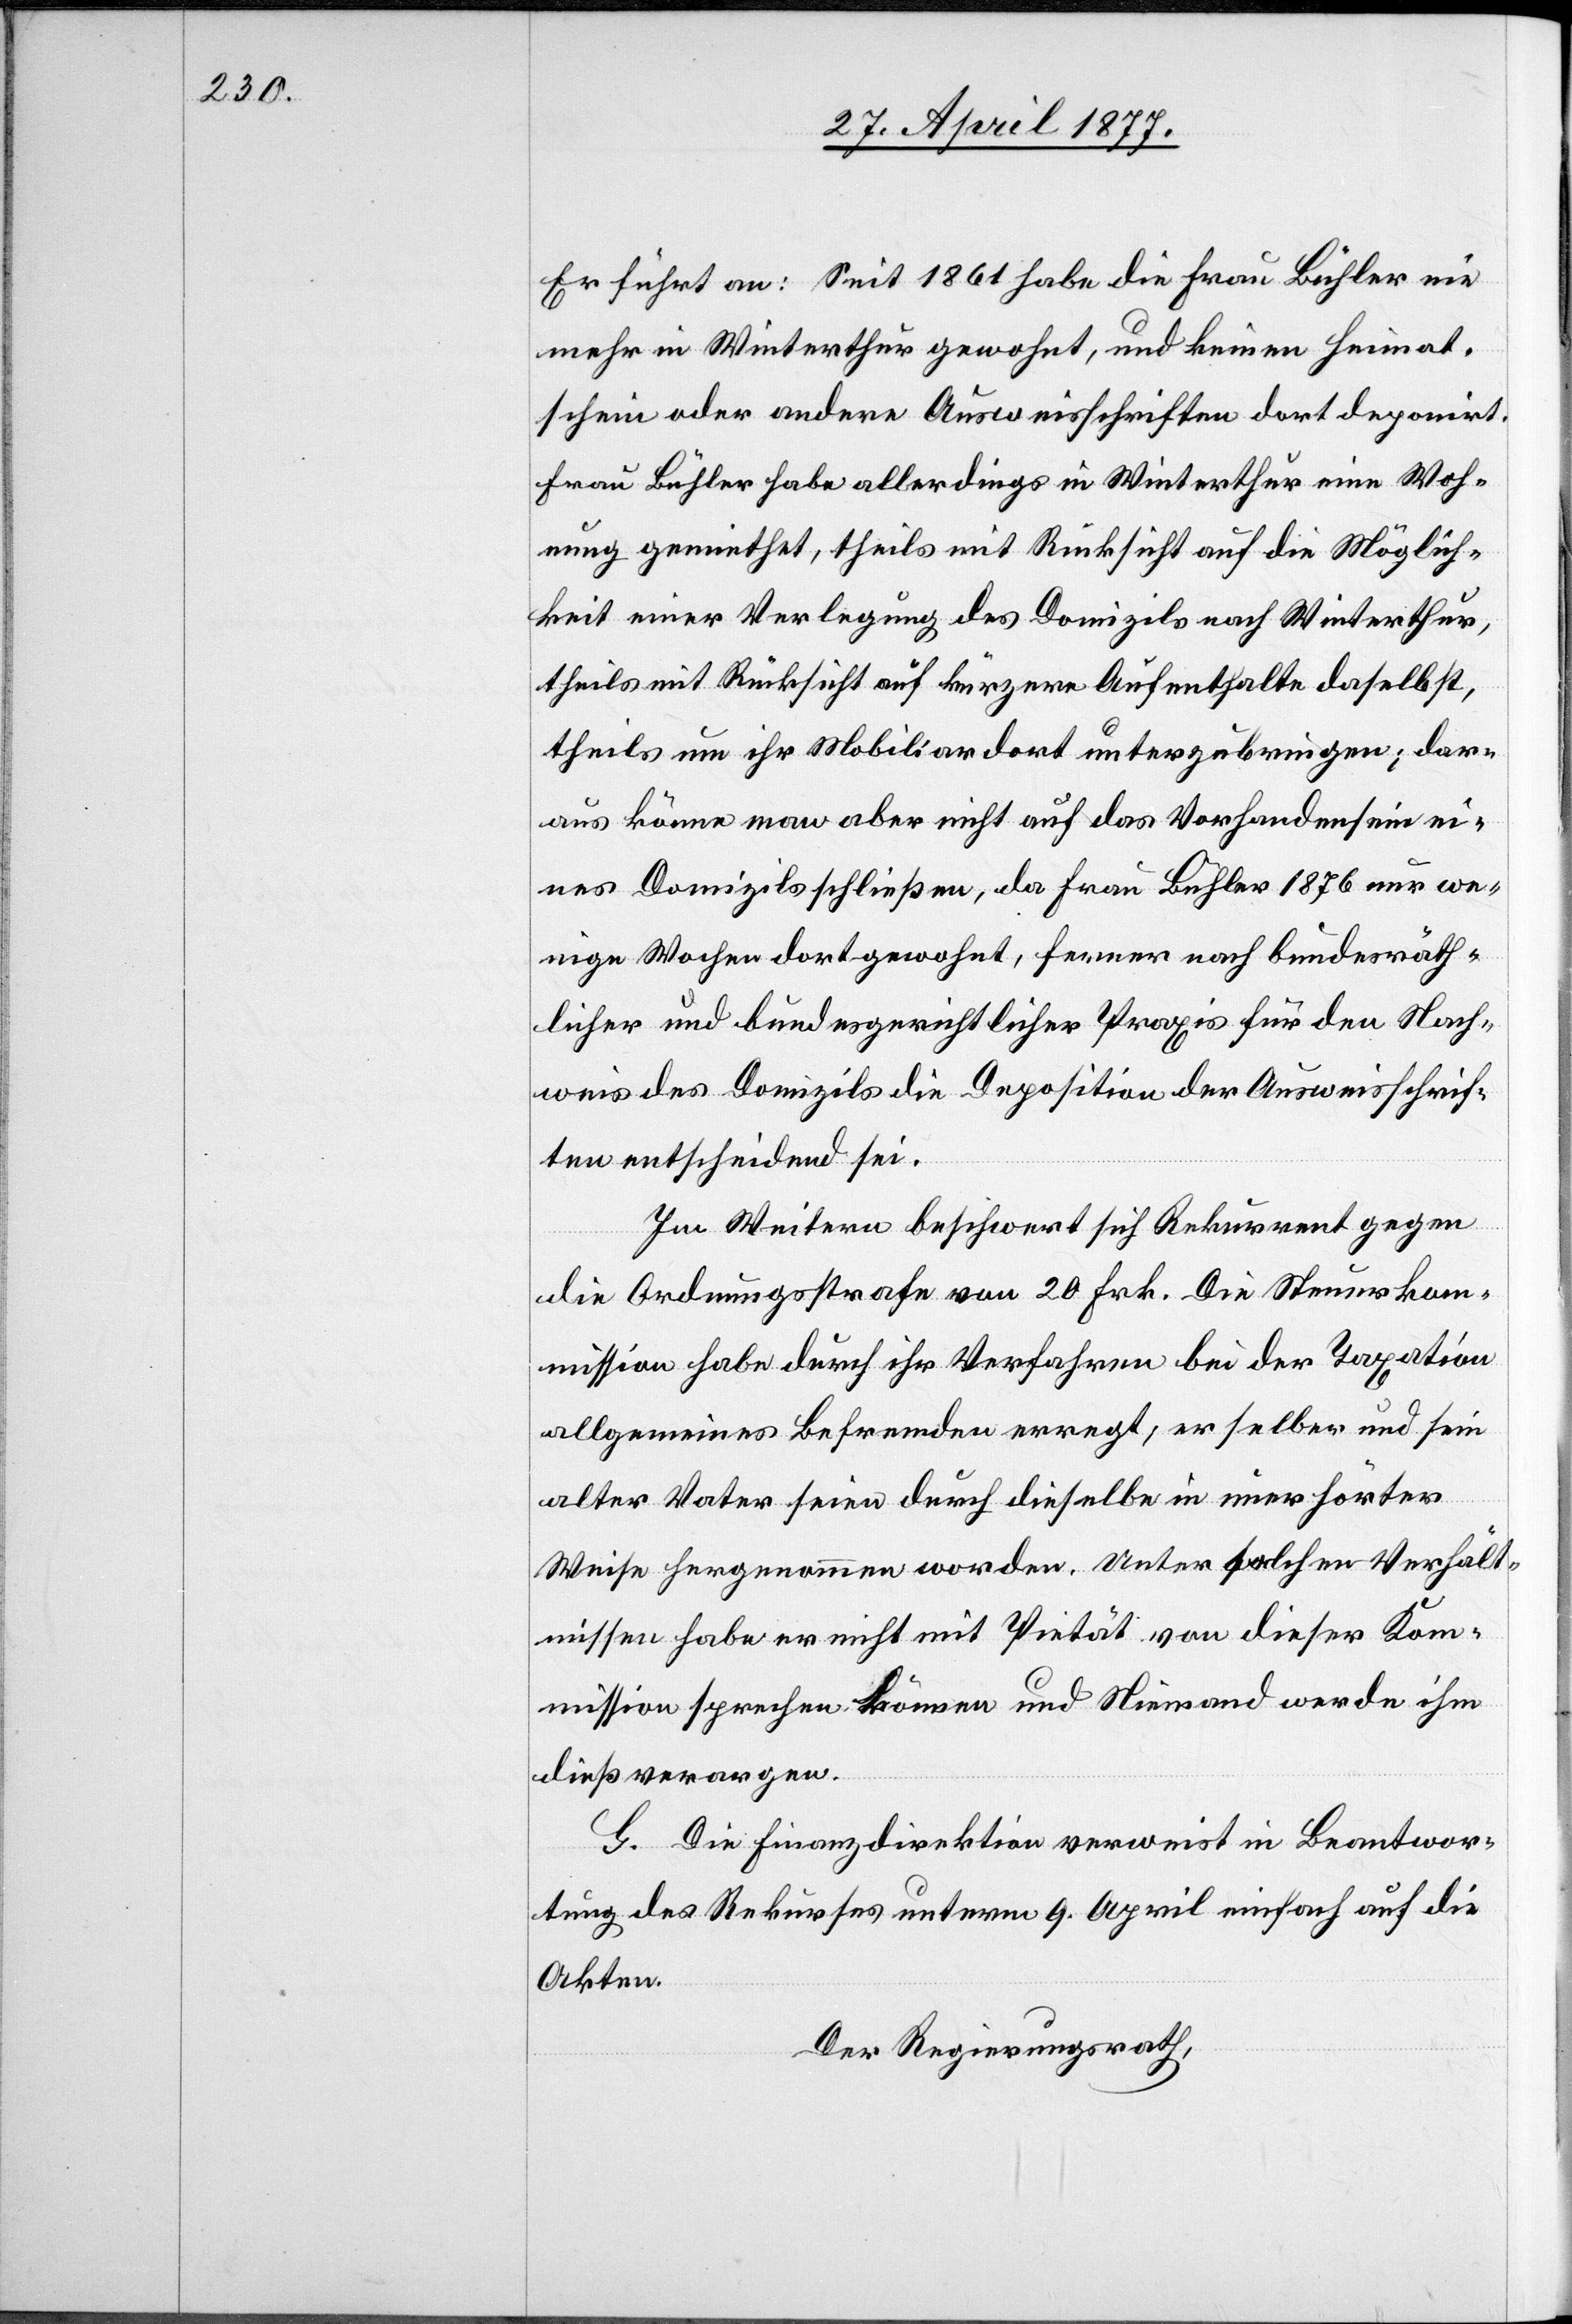
Er führt an: Seit 1861 habe die Frau Bühler nie
mehr in Winterthur gewohnt, und keinen Heimat¬
schein oder andere Ausweisschriften dort deponirt.
Frau Bühler habe allerdings in Winterthur eine Woh¬
nung gemiethet, theils mit Rücksicht auf die Möglich¬
keit einer Verlegung des Domizils nach Winterthur,
theils mit Rücksicht auf kürzere Aufenthalte daselbst,
theils um ihr Mobiliar dort unterzubringen; dar¬
aus könne man aber nicht auf das Vorhandensein ei¬
nes Domizils schließen, da Frau Bühler 1876 nur we¬
nige Wochen dort gewohnt, ferner nach bundesräth¬
licher und bundesgerichtlicher Praxis für den Nach¬
weis des Domizils die Deposition der Ausweisschrif¬
ten entscheidend sei.
Im Weitern beschwert sich Rekurrent gegen
die Ordnungsstrafe von 20 Frk. Die Steuerko¬
mmission habe durch ihr Verfahren bei der Taxation
allgemeines Befremden erregt; er selber und sein
alter Vater seien durch dieselbe in unerhörter
Weise hergenommen worden. Unter solchen Verhält¬
nissen habe er nicht mit Pietät von dieser Kom¬
mission sprechen können und Niemand werde ihm
dieß verargen.
G. Die Finanzdirektion verweist in Beantwor¬
tung des Rekurses unterm 9. April einfach auf die
Akten.
Der Regierungsrath,